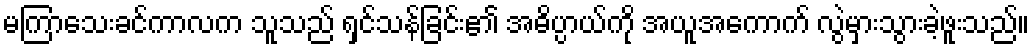
မကြာသေးခင်ကာလက သူသည် ရှင်သန်ခြင်း၏ အဓိပ္ပာယ်ကို အယူအကောက် လွဲမှားသွားခဲ့ဖူးသည်။